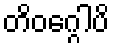
တိဝဂ္ဂေါပိ